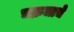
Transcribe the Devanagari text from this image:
चक्रजाचे